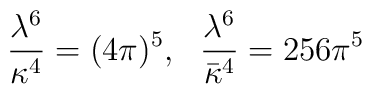
\frac{\lambda^6}{\kappa^4} = (4\pi)^5,\ \ \frac{\lambda^6}{\bar{\kappa}^4} = 256 \pi^5